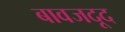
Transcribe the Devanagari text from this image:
बावजदूद